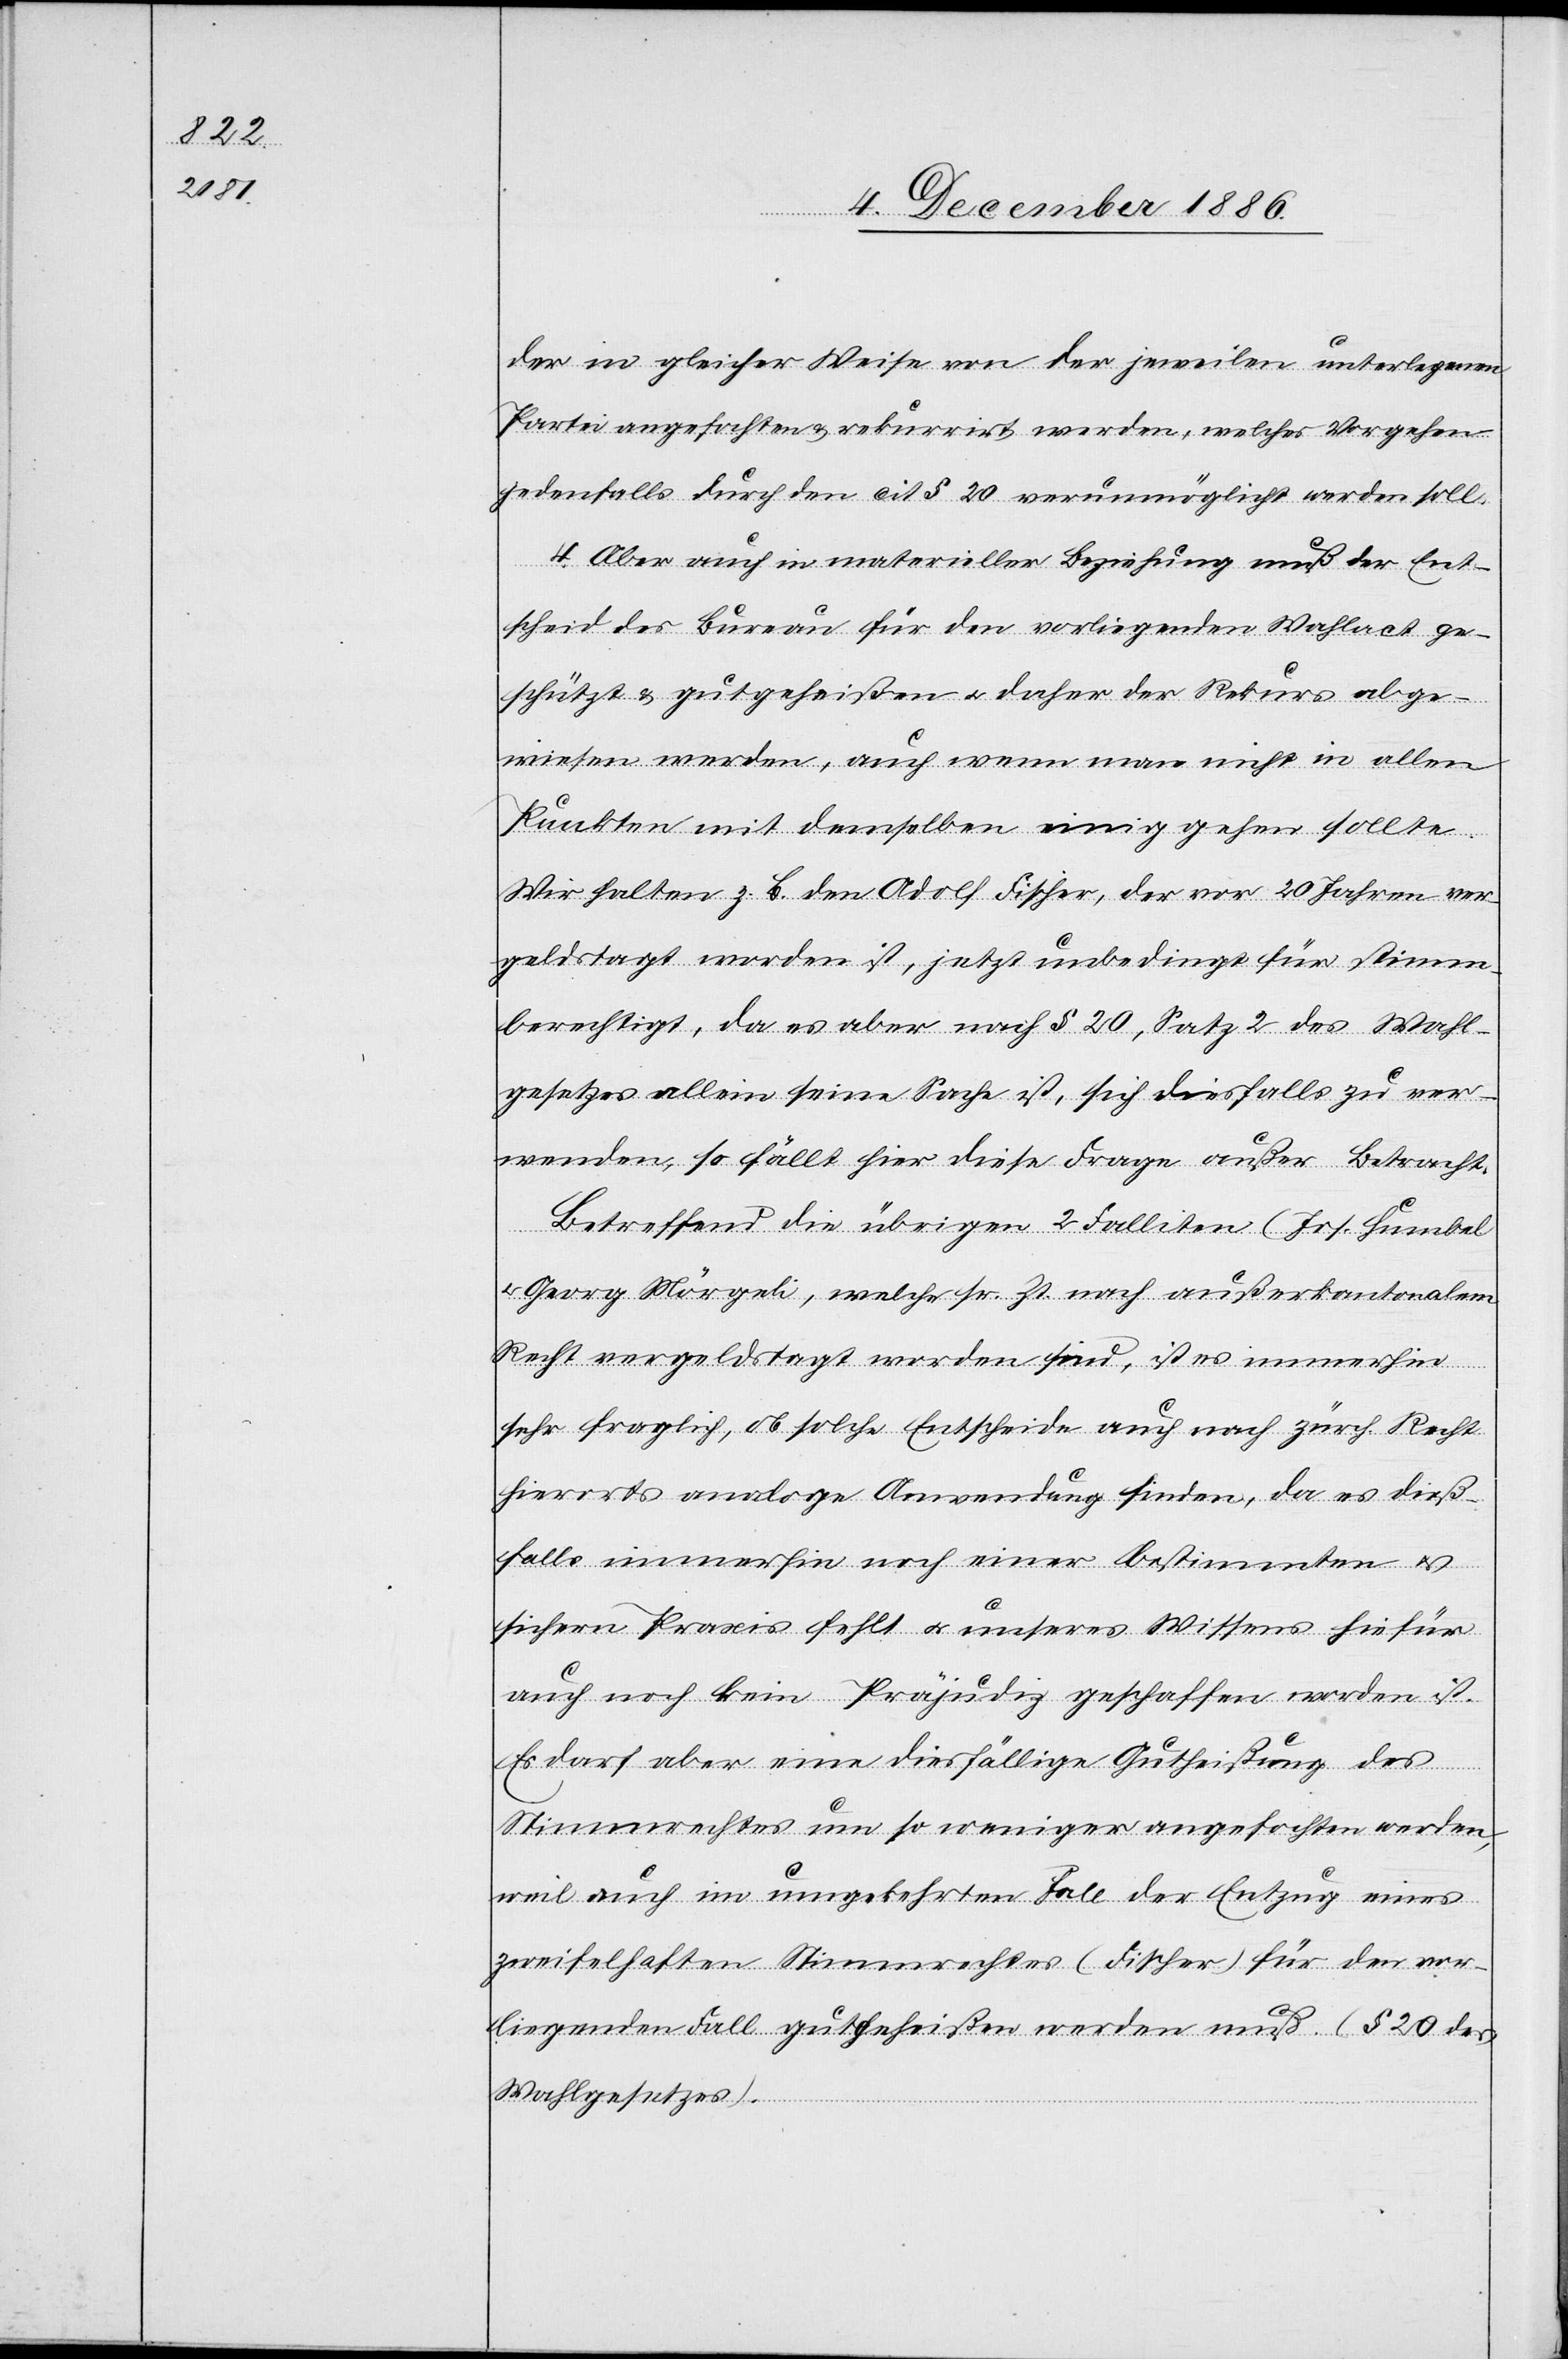
der in gleicher Weise von der jeweilen unterlegenen
Partei angefochten & rekurrirt werden, welches Vorgehen
jedenfalls durch den cit. § 20 verunmöglicht werden soll.
4. Aber auch in materieller Beziehung muß der Ent¬
scheid des Bureau für den vorliegenden Wahlact ge¬
schützt & gutgeheißen & daher der Rekurs abge¬
wiesen werden, auch wenn man nicht in allen
Punkten mit demselben einig gehen sollte.
Wir halten z. B. den Adolf Fischer, der vor 20 Jahren ver¬
geldstagt worden ist, jetzt unbedingt für stimm¬
berechtigt, da es aber nach § 20, Satz 2 des Wahl¬
gesetzes allein seine Sache ist, sich diesfalls zu ver¬
wenden, so fällt hier diese Frage außer Betracht.
Betreffend die übrigen 2 Falliten (Jos. Humbel
& Georg Mörgeli), welche sr. Zt. nach außerkantonalem
Recht vergeldstagt worden sind, ist es immerhin
sehr fraglich, ob solche Entscheide auch nach zürch. Recht
hierorts analoge Anwendung finden, da es dieß¬
falls immerhin noch einer bestimmten &
sichern Praxis fehlt & unseres Wissens hiefür
auch noch kein Präjudiz geschaffen worden ist.
Es darf aber eine diesfällige Gutheißung des
Stimmrechtes um so weniger angefochten werden,
weil auch im umgekehrten Fall der Entzug eines
zweifelhaften Stimmrechtes (Fischer) für den vor¬
liegenden Fall gutgeheißen werden muß. (§ 20 des
Wahlgesetzes).